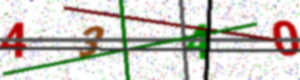
Text: 4340